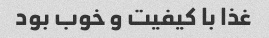
غذا با کیفیت و خوب بود